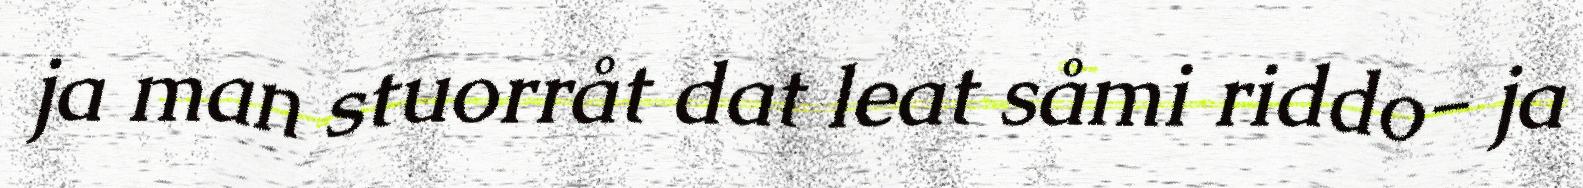
ja man stuorråt dat leat såmi riddo- ja